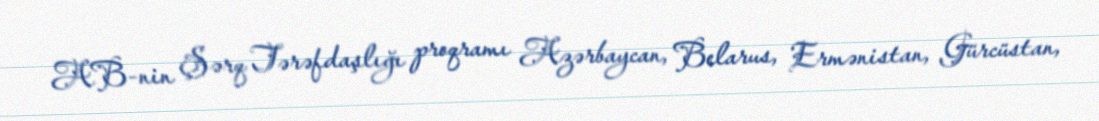
AB-nin Şərq Tərəfdaşlığı proqramı Azərbaycan, Belarus, Ermənistan, Gürcüstan,